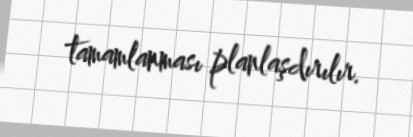
tamamlanması planlaşdırılır.